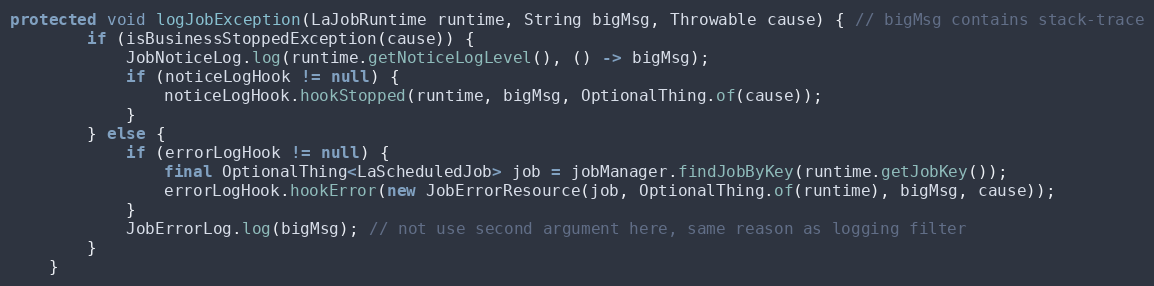
Language: Java
protected void logJobException(LaJobRuntime runtime, String bigMsg, Throwable cause) { // bigMsg contains stack-trace
        if (isBusinessStoppedException(cause)) {
            JobNoticeLog.log(runtime.getNoticeLogLevel(), () -> bigMsg);
            if (noticeLogHook != null) {
                noticeLogHook.hookStopped(runtime, bigMsg, OptionalThing.of(cause));
            }
        } else {
            if (errorLogHook != null) {
                final OptionalThing<LaScheduledJob> job = jobManager.findJobByKey(runtime.getJobKey());
                errorLogHook.hookError(new JobErrorResource(job, OptionalThing.of(runtime), bigMsg, cause));
            }
            JobErrorLog.log(bigMsg); // not use second argument here, same reason as logging filter
        }
    }